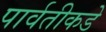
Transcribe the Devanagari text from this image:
पार्वतीकडे